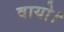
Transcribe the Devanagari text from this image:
वायो।